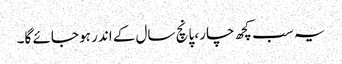
یہ سب کچھ چار ،پانچ سال کے اندر ہو جائے گا۔